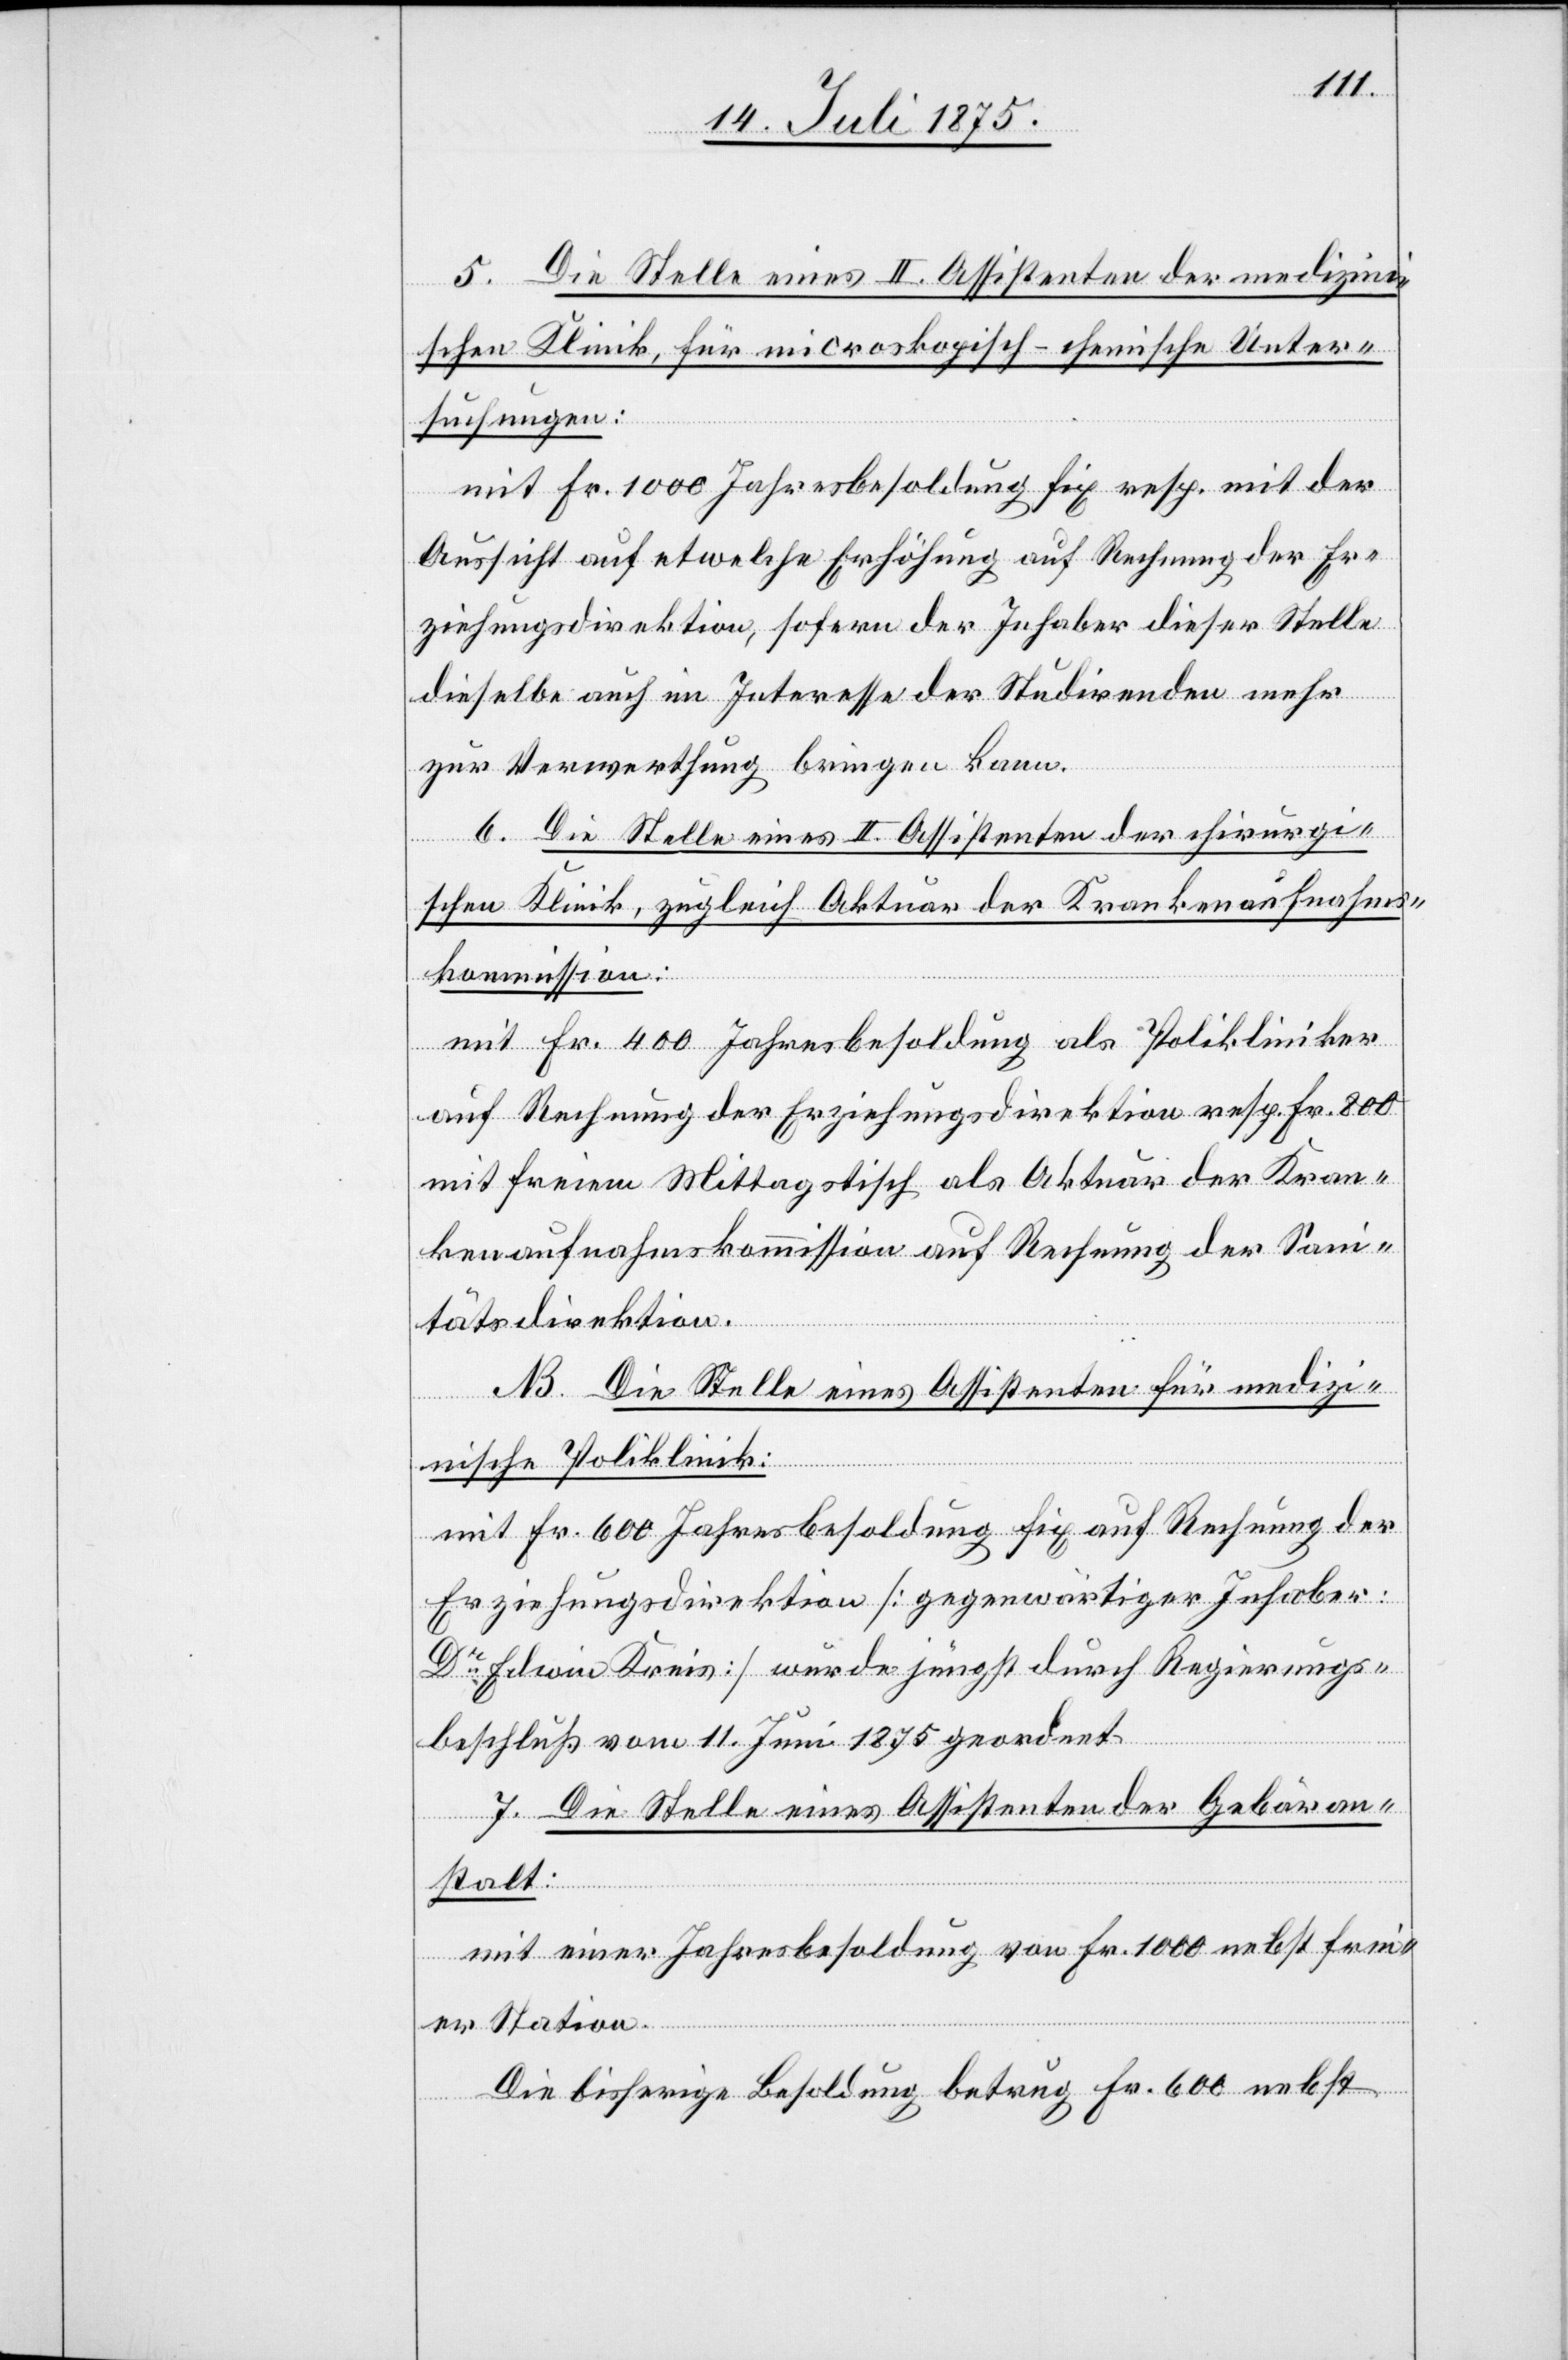
5. Die Stelle eines II. Assistenten der medizin¬
ischen Klinik, für microskopisch-chemische Unter¬
suchungen:
mit Fr. 1000 Jahresbesoldung fix resp. mit der
Aussicht auf etwelche Erhöhung auf Rechnung der Er¬
ziehungsdirektion, sofern der Inhaber dieser Stelle
dieselbe auch im Interesse der Studirenden mehr
zur Verwerthung bringen kann.
[A.] Die Stelle eines II. Assistenten der chirurgi¬
schen Klinik, zugleich Aktuar der Krankenaufnahms¬
kommission:
mit Fr. 400 Jahresbesoldung als Polikliniker
auf Rechnung der Erziehungsdirektion resp. Fr. 800
mit freiem Mittagstisch als Aktuar der Kran¬
kenaufnahmskommission auf Rechnung der San¬
itätsdirektion.
B. Die Stelle eines Assistenten für medizi¬
nische Poliklinik:
mit Fr. 600 Jahresbesoldung fix auf Rechnung der
Erziehungsdirektion [gegenwärtiger Inhaber:
Dr Edwin Kreis] wurde jüngst durch Regierungs¬
beschluß vom 11. Juni 1875 geordnet.
7. Die Stelle eines Assistenten der Gebäran¬
stalt:
mit einer Jahresbesoldung von Fr. 1000 nebst frei¬
er Station.
Die bisherige Besoldung betrug Fr. 600 nebst